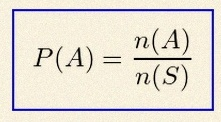
P(A)=\frac{n(A)}{n(S)}